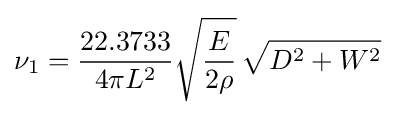
\nu _{1}={\frac {22.3733}{4\pi L^{2}}}{\sqrt {\frac {E}{2\rho }}}\,{\sqrt {D^{2}+W^{2}}}